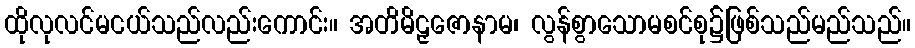
ထိုလုလင်မငယ်သည်လည်းကောင်း။ အတိမိဠှဇောနာမ၊ လွန်စွာသောမစင်စု၌ဖြစ်သည်မည်သည်။